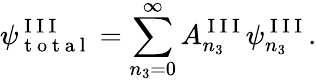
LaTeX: \psi_{\mathrm{~t~o~t~a~l~}}^{\mathrm{~I~I~I~}}=\sum_{n_{3}=0}^{\infty}A_{n_{3}}^{\mathrm{~I~I~I~}}\psi_{n_{3}}^{\mathrm{~I~I~I~}}.